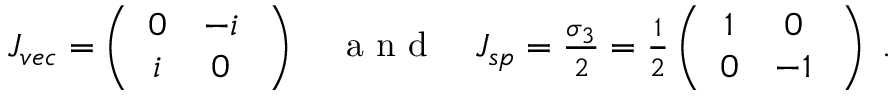
\begin{array} { r } { J _ { v e c } = \left( \begin{array} { c c } { 0 } & { - i } \\ { i } & { 0 } \end{array} \; \right) \quad \mathrm { ~ a ~ n ~ d ~ } \quad J _ { s p } = \frac { \sigma _ { 3 } } { 2 } = \frac { 1 } { 2 } \left( \begin{array} { c c } { 1 } & { 0 } \\ { 0 } & { - 1 } \end{array} \; \right) \; . } \end{array}